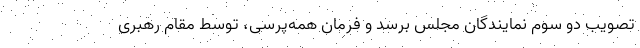
تصویب دو سوم نمایندگان مجلس برسد و فرمان همه‌پرسی، توسط مقام رهبری